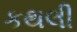
કથલી